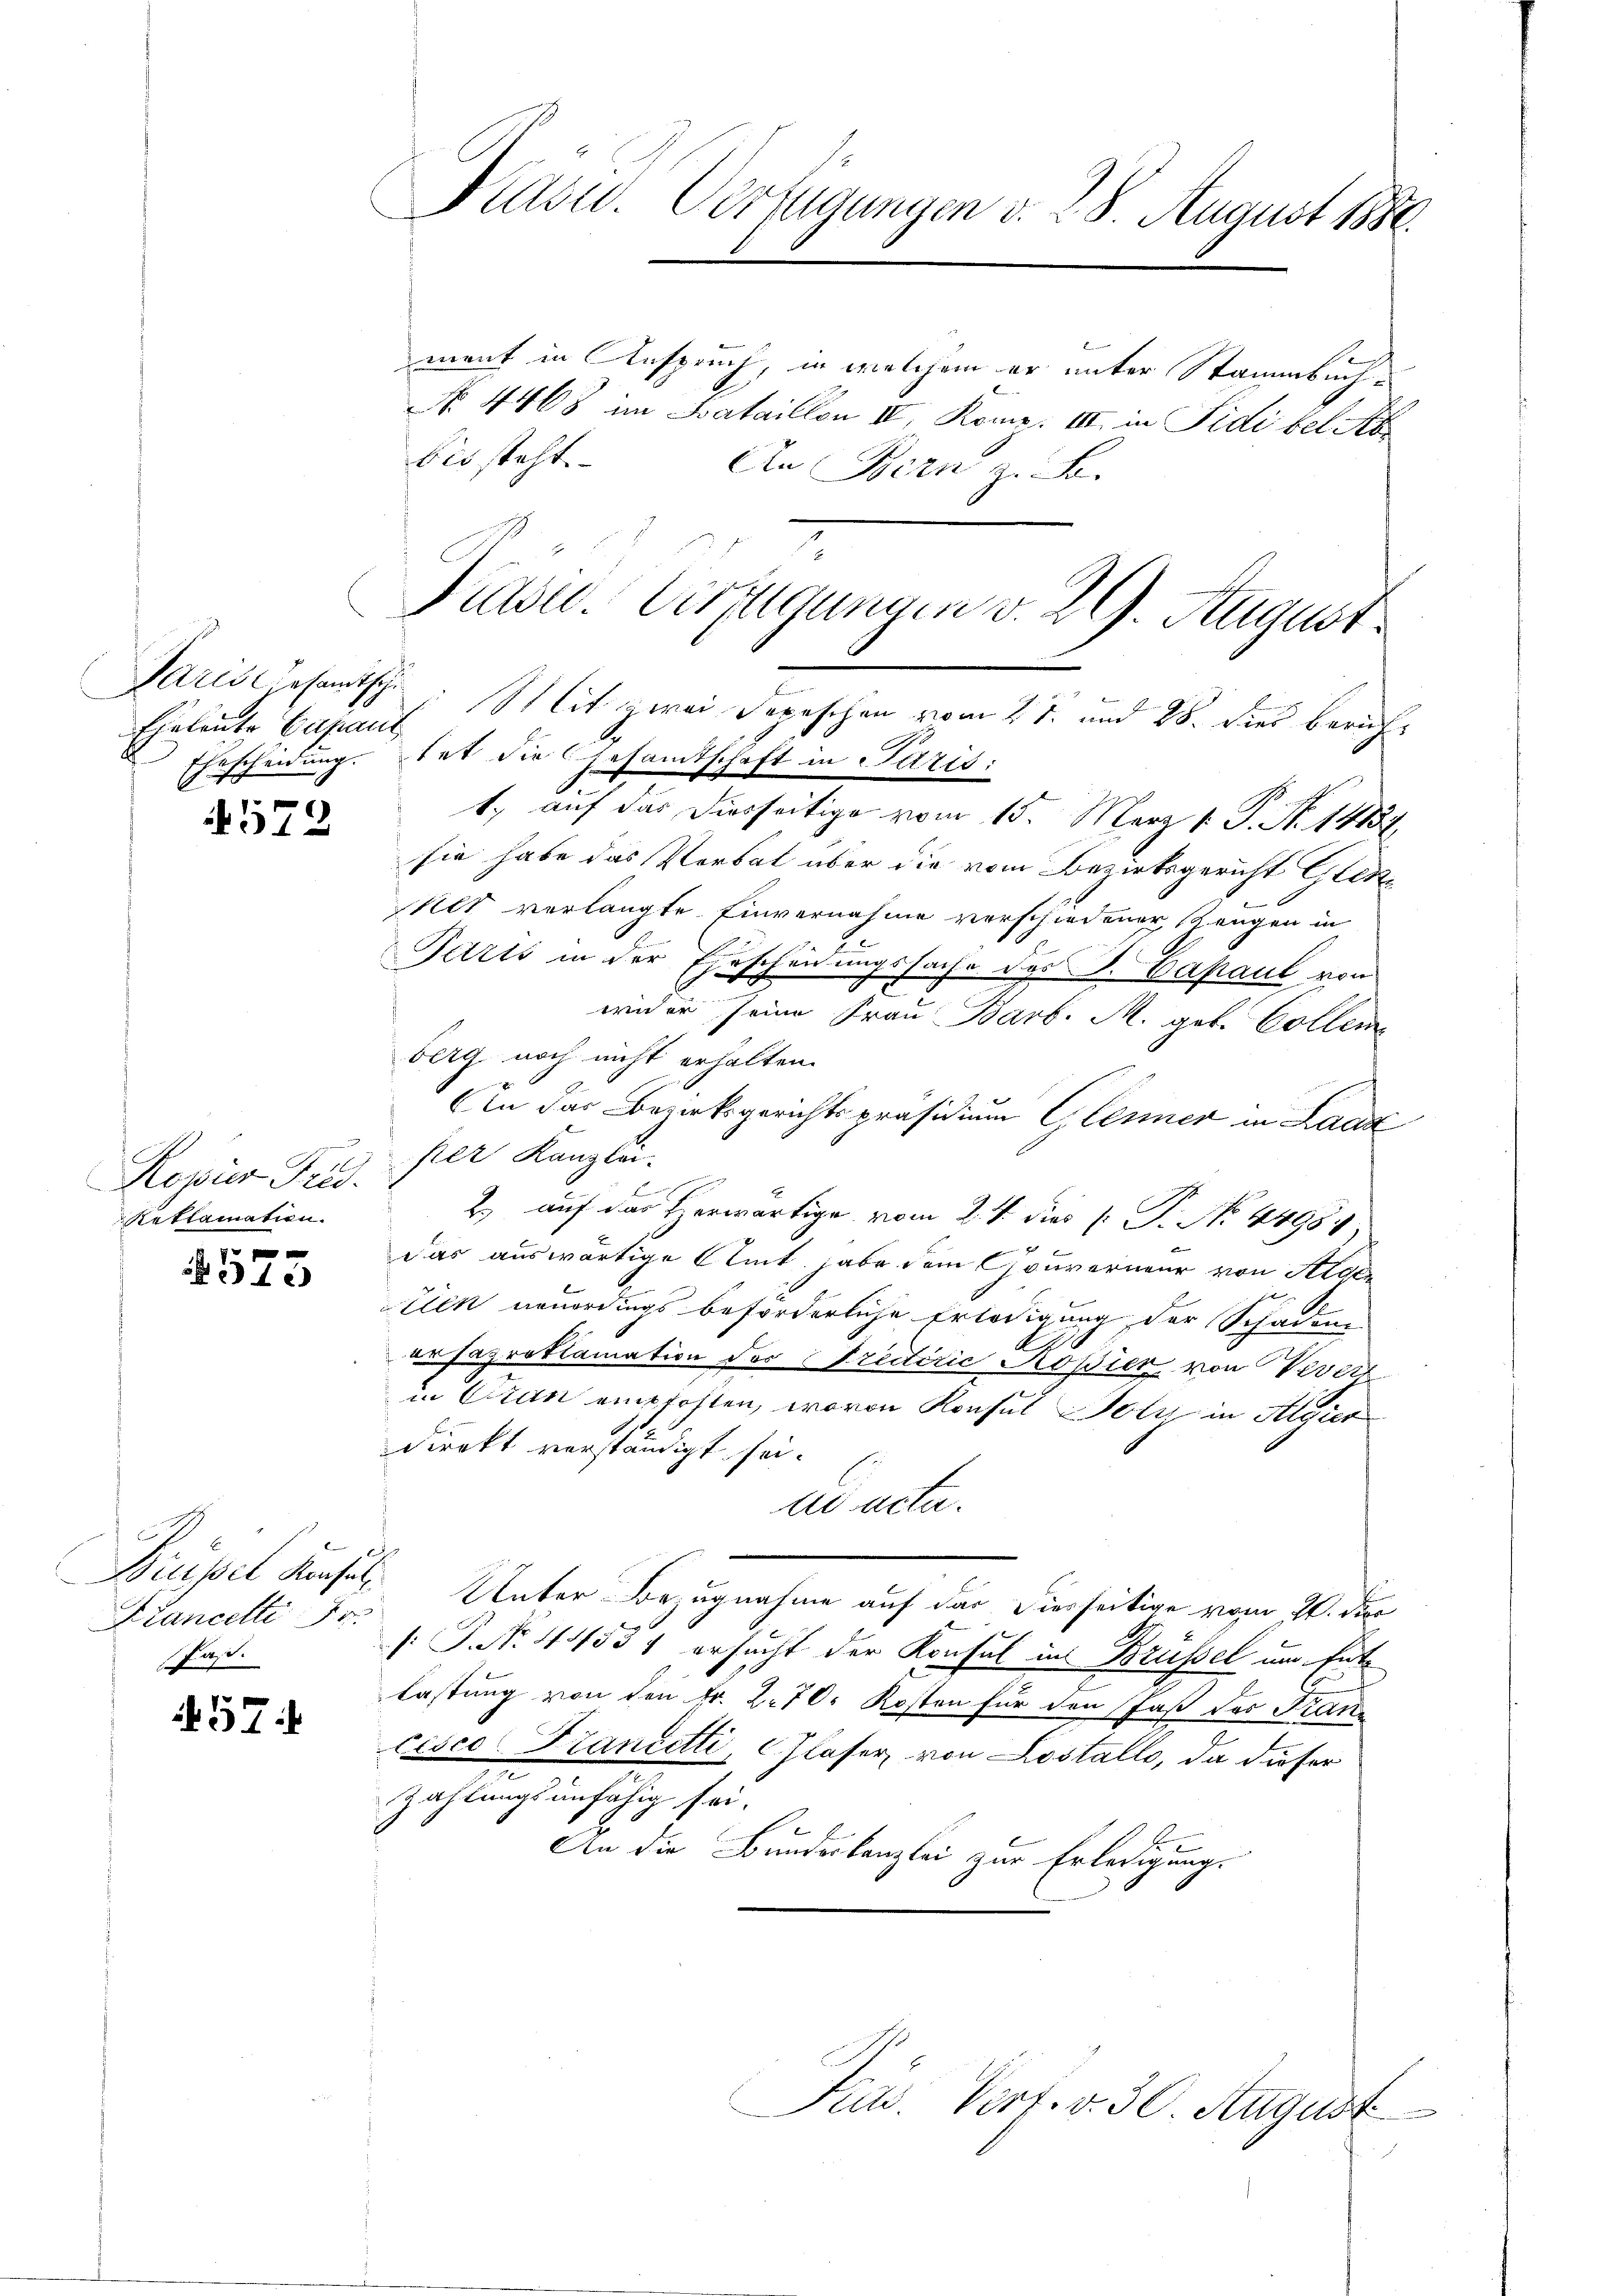
Paris Gesandtschi
Eheleute Capaut

573

Ropus Fris
Reklamation.

p
 f 0 x
 24 x

Ktancelle Fr.
Faß.

457.

Präsid. Verfügungen v. 28. August 1890.

ment in Anspruch, in welchem er unter Stammbuch¬
No. 4868 im Bataillon IV. Komp. III. in Fidi bel Ab
bis steht.
An Bern z. B.
2

Prasw. Verfügungen v. 29. August
Mit zwei Depeschen vom 2t. und 28. dies berich¬
Ehrscheidung. Tat die Gesamtschaft in Paris:

1., auf das diesseitige vom 15. März 1. P. N. 14137
sie habe das Verbal über die vom Bezirksgericht Glet
Alt verlangte Einvernahme verschiedener, Langen in
Juris in der Erscheidungssache des J. Capaul von
wider seine Frau Barb. M. geb. Collem
berg noch nicht erhalten.
An der Bezirksgerichtspräsidium Glaser in Laad
per Kanzlei-
2 auf das Herwärtige vom 2. 4. dies [ P. No. 44981,
das auswärtige Amt, habe dem Gouverneur von Algen
Elen neuerdings beförderliche Erledigung der Schaden
ersaproklamation der Predicie Kopier von Vevert
in Gran empfohlen, wovon Konsul Holz in Algier
direkt verständigt sei.
ad acta.
Grüssel Konsul Unter Bezugnahme auf das hierseitige vom 21. der
[: P. Nr. 11453 ersucht der Konsul in Brüssel um Entlastung von den Fr. 270. Kosten für den fast des Franz
cesco Krantetti, Glaser von Lostallo, da dieser
Zahlungsunfähig sei.
An die Bundeskanzlei zur Erledigungs

Kras. Vorf. v. 30. August